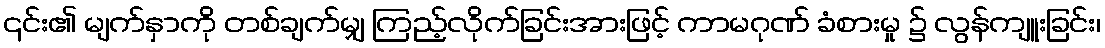
၎င်း၏ မျက်နှာကို တစ်ချက်မျှ ကြည့်လိုက်ခြင်းအားဖြင့် ကာမဂုဏ် ခံစားမှု ၌ လွန်ကျူးခြင်း၊